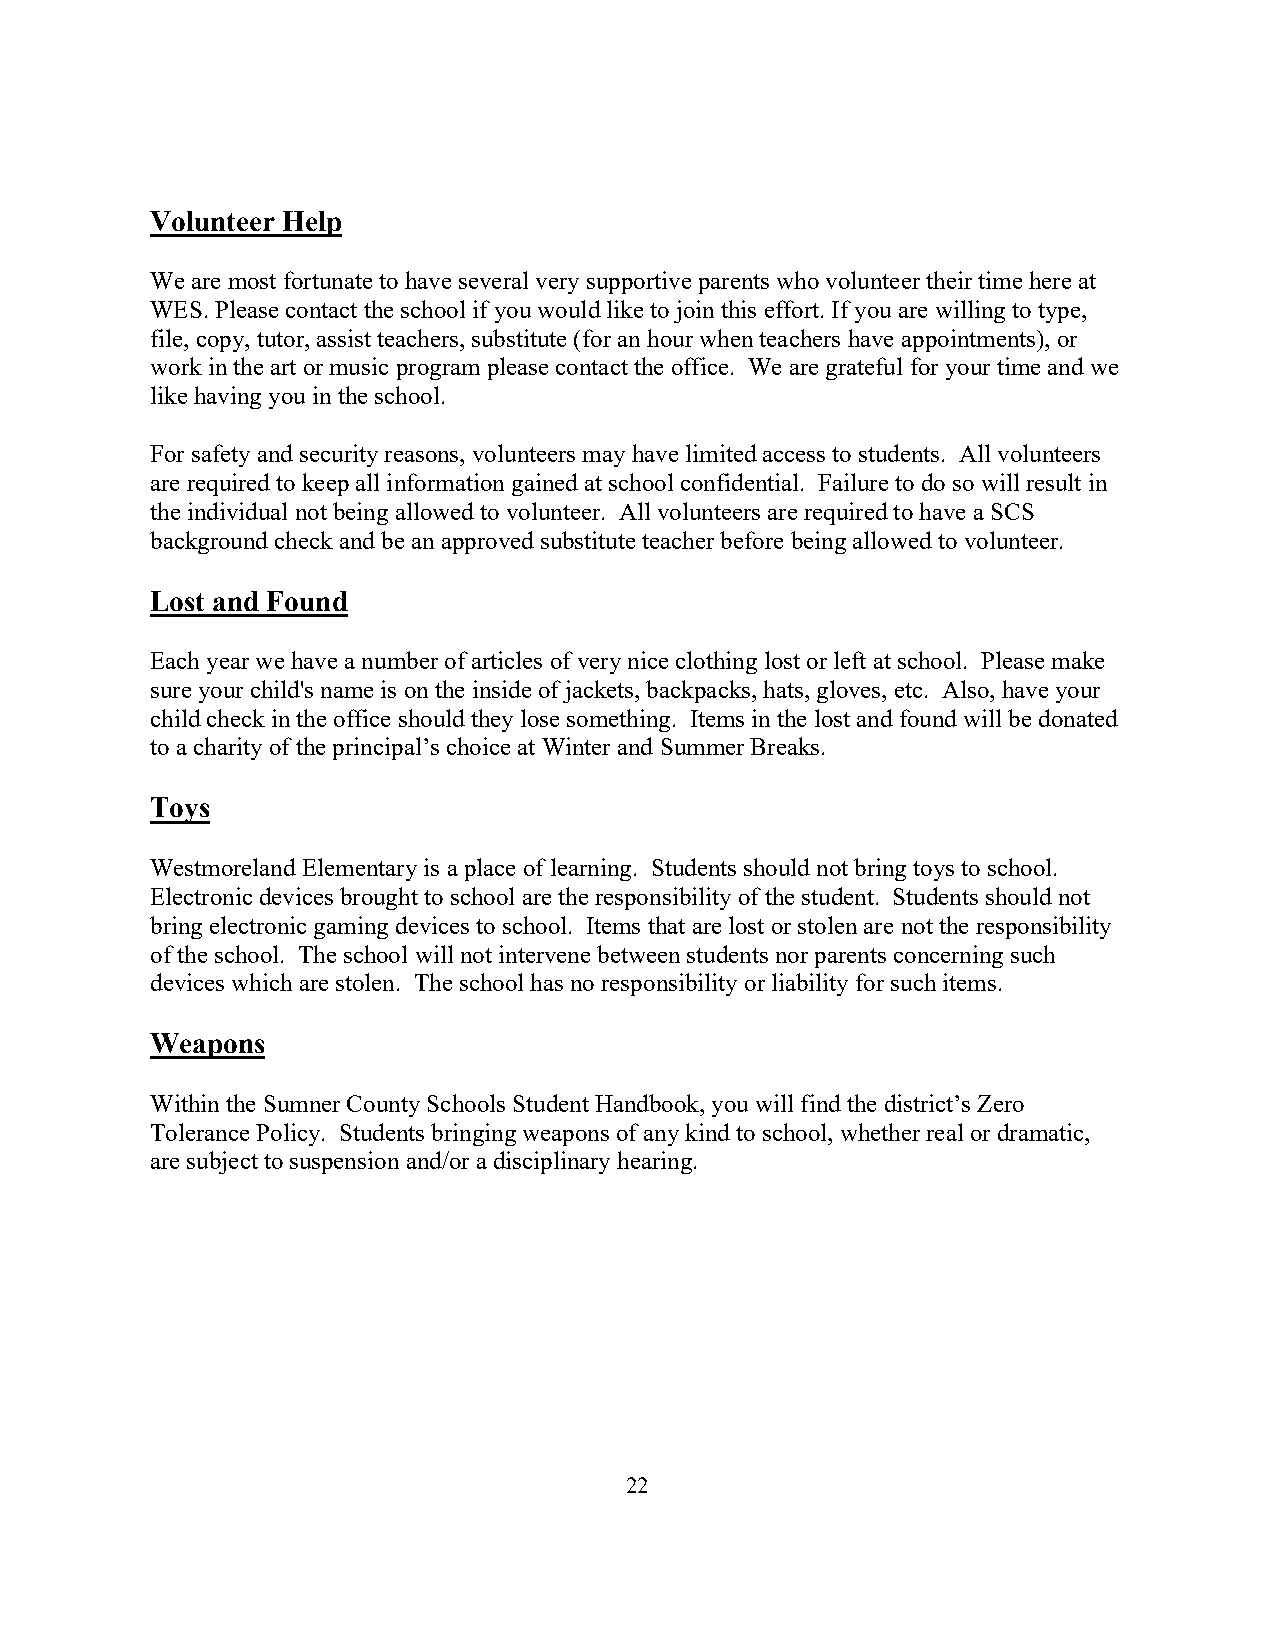
Volunteer Help
 We are most fortunate to have several very supportive parents who volunteer their time here at
 WES. Please contact the school if you would like to join this effort. If you are willing to type,
 file, copy, tutor, assist teachers, substitute (for an hour when teachers have appointments), or
 work in the art or music program please contact the office. We are grateful for your time and we
 like having you in the school.
 For safety and security reasons, volunteers may have limited access to students. All volunteers
 are required to keep all information gained at school confidential. Failure to do so will result in
 the individual not being allowed to volunteer. All volunteers are required to have a SCS
 background check and be an approved substitute teacher before being allowed to volunteer.
 Lost and Found
 Each year we have a number of articles of very nice clothing lost or left at school. Please make
 sure your child's name is on the inside of jackets, backpacks, hats, gloves, etc. Also, have your
 child check in the office should they lose something. Items in the lost and found will be donated
 to a charity of the principal’s choice at Winter and Summer Breaks.
 Toys
 Westmoreland Elementary is a place of learning. Students should not bring toys to school.
 Electronic devices brought to school are the responsibility of the student. Students should not
 bring electronic gaming devices to school. Items that are lost or stolen are not the responsibility
 of the school. The school will not intervene between students nor parents concerning such
 devices which are stolen. The school has no responsibility or liability for such items.
 Weapons
 Within the Sumner County Schools Student Handbook, you will find the district’s Zero
 Tolerance Policy. Students bringing weapons of any kind to school, whether real or dramatic,
 are subject to suspension and/or a disciplinary hearing.
 22